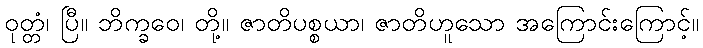
ဝုတ္တံ၊ ပြီ။ ဘိက္ခဝေ၊ တို့။ ဇာတိပစ္စယာ၊ ဇာတိဟူသော အကြောင်းကြောင့်။